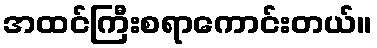
အထင်ကြီးစရာကောင်းတယ်။